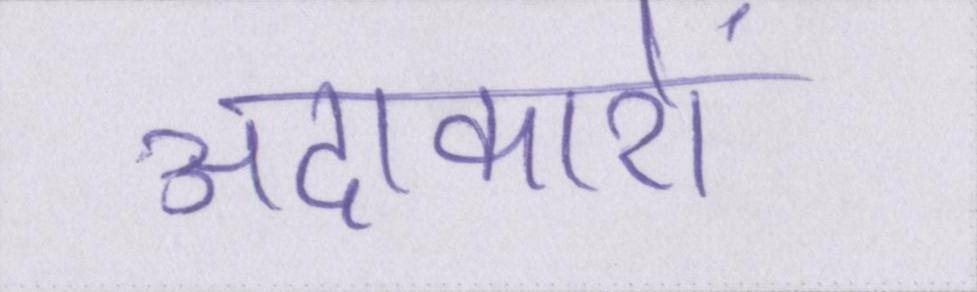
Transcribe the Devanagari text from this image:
अदाकारों